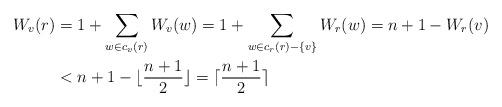
LaTeX: \begin{align*}W_v(r) & = 1 + \sum_{w \in c_v(r)} W_v(w) = 1 + \sum_{w \in c_r(r)- \{v\}} W_r(w) = n+1 - W_r(v)\\& < n+1 - \lfloor \frac{n+1}{2} \rfloor = \lceil \frac{n+1}{2} \rceil\end{align*}